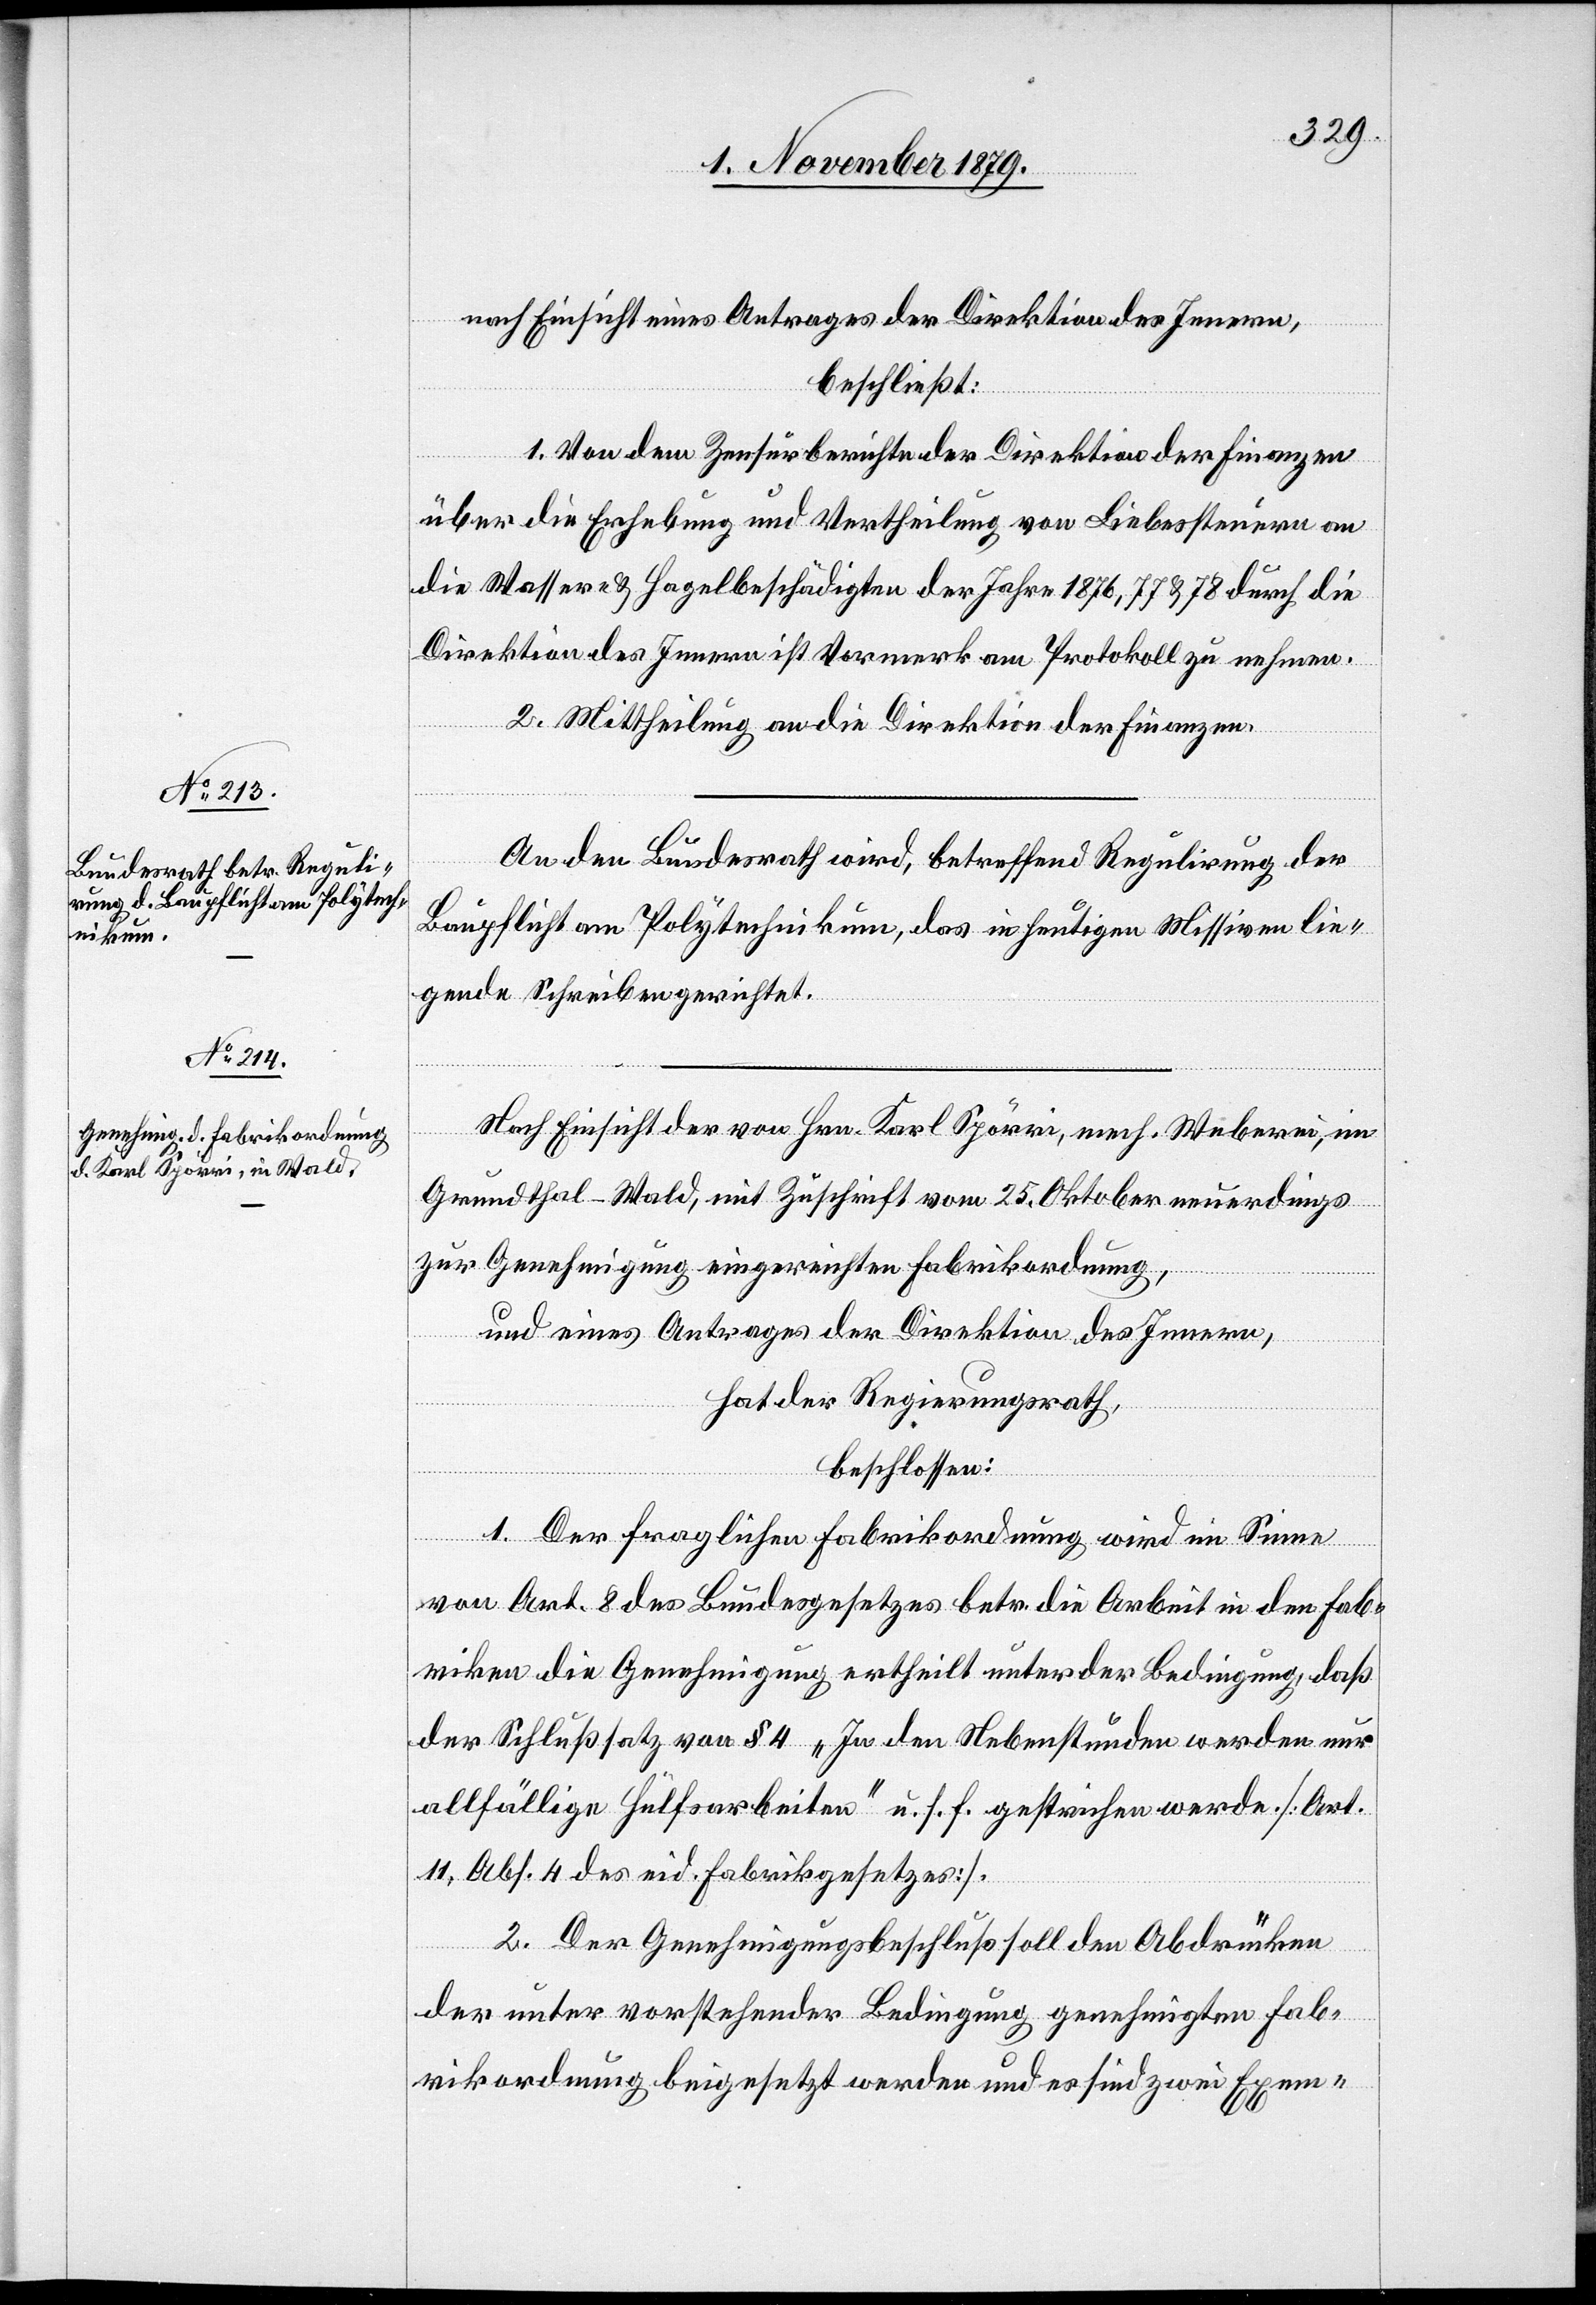
nach Einsicht eines Antrages der Direktion des Innern,
beschließt:
1. Von dem Zensurberichte der Direktion der Finanzen
über die Erhebung und Vertheilung von Liebessteuern an
die Wasser- & Hagelbeschädigten der Jahre 1876, 77 & 78 durch die
Direktion des Innern ist Vormerk am Protokoll zu nehmen.
2. Mittheilung an die Direktion der Finanzen.
An den Bundesrath wird, betreffend Regulirung der
Baupflicht am Polytechnikum, das in heutigen Missiven lie¬
gende Schreiben gerichtet.
Nach Einsicht der von Hrn. Karl Spörri mech. Weberei, in
Grundthal - Wald, mit Zuschrift vom 25. Oktober neuerdings
zur Genehmigung eingereichten Fabrikordnung,
und eines Antrages der Direktion des Innern,
hat der Regierungsrath,
beschlossen:
1. Der fraglichen Fabrikordnung wird im Sinne
von Art. 8 des Bundesgesetzes betr. die Arbeit in den Fab¬
riken die Genehmigung ertheilt unter der Bedingung, daß
der Schlußsatz von § 4 „In den Nebenstunden werden nur
allfällige Hülfsarbeiten“ u. s. f. gestrichen werde [Art.
11, Abs. 4 des eid. Fabrikgesetzes].
2. Der Genehmigungsbeschluß soll den Abdrücken
der unter vorstehender Bedingung genehmigten Fab¬
rikordnung beigesetzt werden und es sind zwei Exem-